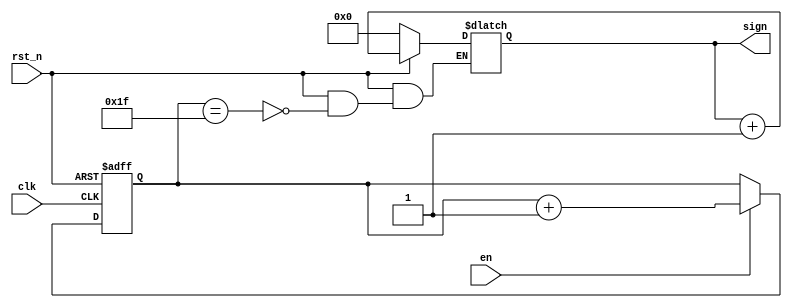
module level_counter #(parameter  width= 32)(
    rst_n,en,clk,sign
);
input rst_n;
input clk;
input en;
output reg [width-1 :0]sign = 1'b0;

reg [5:0] count = 1'd0;
always @(posedge clk or negedge rst_n) begin
    if (!rst_n)begin
        count <= 1'd0;
    end
    else begin 
        if (en) count <= count + 1'b1;
    end
end

//assign sign = ~rst_n?1'b0:((count == 5'h3f)?sign : (sign+1'b1));
always @ (count or rst_n)begin
    if (!rst_n)begin
        sign = 1'b0;
    end
   else if(count == 5'b11111)begin
    sign = sign + 1;
   end
end
assign over = & sign;
endmodule